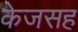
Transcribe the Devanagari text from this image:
केजसह